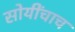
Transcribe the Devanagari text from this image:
सोयींचाच